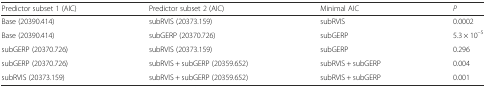
| Predictor subset 1 (AIC) | Predictor subset 2 (AIC) | Minimal AIC | P |
 | --- | --- | --- | --- |
 | Base (20390.414) | subRVIS (20373.159) | subRVIS | 0.0002 |
 | Base (20390.414) | subGERP (20370.726) | subGERP | 5.3 × 10–5 |
 | subGERP (20370.726) | subRVIS (20373.159) | subGERP | 0.296 |
 | subGERP (20370.726) | subRVIS + subGERP (20359.652) | subRVIS + subGERP | 0.004 |
 | subRVIS (20373.159) | subRVIS + subGERP (20359.652) | subRVIS + subGERP | 0.001 |